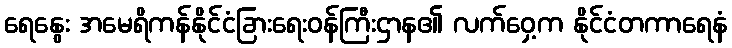
ရေနွေး အမေရိကန်နိုင်ငံခြားရေးဝန်ကြီးဌာန၏ လက်ဝှေ့က နိုင်ငံတကာရေနံ